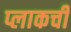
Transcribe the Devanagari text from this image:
प्लाकची